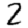
Digit: 2